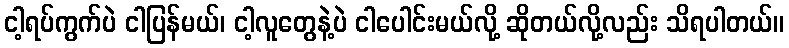
ငါ့ရပ်ကွက်ပဲ ငါပြန်မယ်၊ ငါ့လူတွေနဲ့ပဲ ငါပေါင်းမယ်လို့ ဆိုတယ်လို့လည်း သိရပါတယ်။